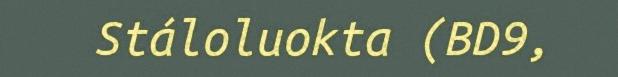
Stáloluokta (BD9,